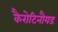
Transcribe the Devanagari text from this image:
कैरोटिनौयड